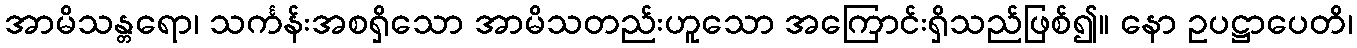
အာမိသန္တရော၊ သင်္ကန်းအစရှိသော အာမိသတည်းဟူသော အကြောင်းရှိသည်ဖြစ်၍။ နော ဥပဋ္ဌာပေတိ၊